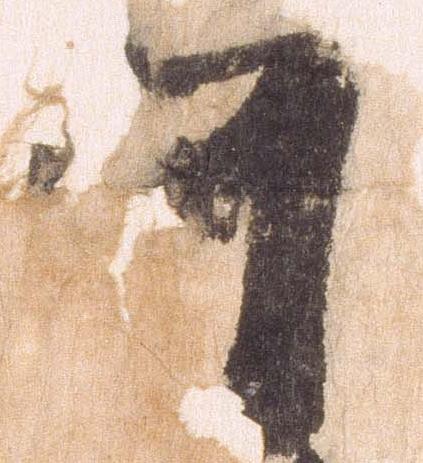
可